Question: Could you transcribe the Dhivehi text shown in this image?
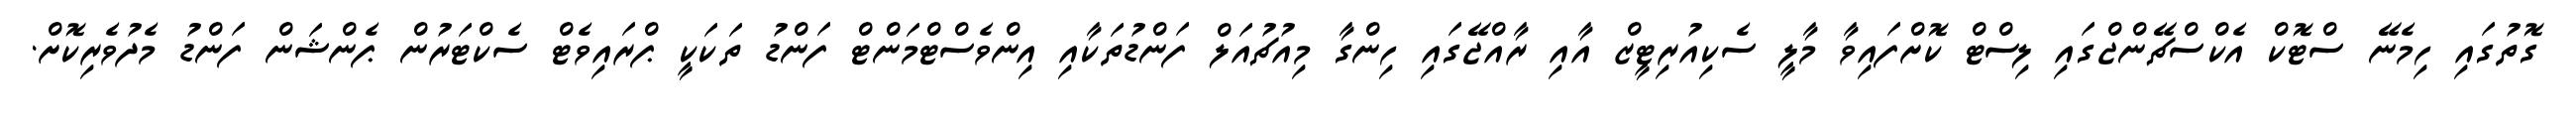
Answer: ގޮތުގައި ހިމެނޭ ސްޓޮކް އެކްސްޗޭންޖްގައި ލިސްޓް ކޮށްފައިވާ މާލީ ސެކިއުރިޓީޒް އާއި ރާއްޖޭގައި ހިންގާ މިއުޗުއަލް ފަންޑުތަކާއި އިންވެސްޓްމަންޓް ފަންޑު ތަކަކީ ޕްރައިވެޓް ސެކްޓަރުން ޕެންޝަން ފަންޑު މެދުވެރިކޮށް.